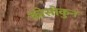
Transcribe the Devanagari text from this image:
कोसोकुन